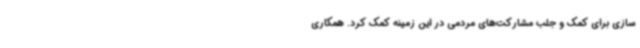
سازی برای کمک و جلب مشارکت‌های مردمی در این زمینه کمک کرد. همکاری